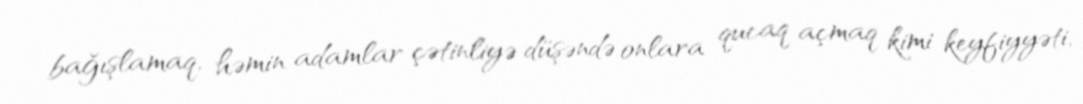
bağışlamaq, həmin adamlar çətinliyə düşəndə onlara qucaq açmaq kimi keyfiyyəti,